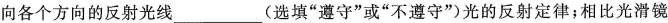
向各个方向的反射光线___(选填”遵守”或”不遵守”光的反射定律；相比光滑镜